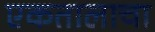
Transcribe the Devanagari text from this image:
एकतालाचा